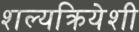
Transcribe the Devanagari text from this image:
शल्यक्रियेशी